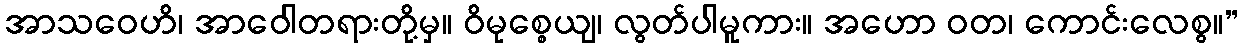
အာသဝေဟိ၊ အာဝေါတရားတို့မှ။ ဝိမုစ္စေယျ၊ လွတ်ပါမူကား။ အဟော ဝတ၊ ကောင်းလေစွ။”